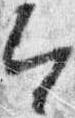
令